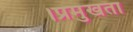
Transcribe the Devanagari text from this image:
।प्रमुखता